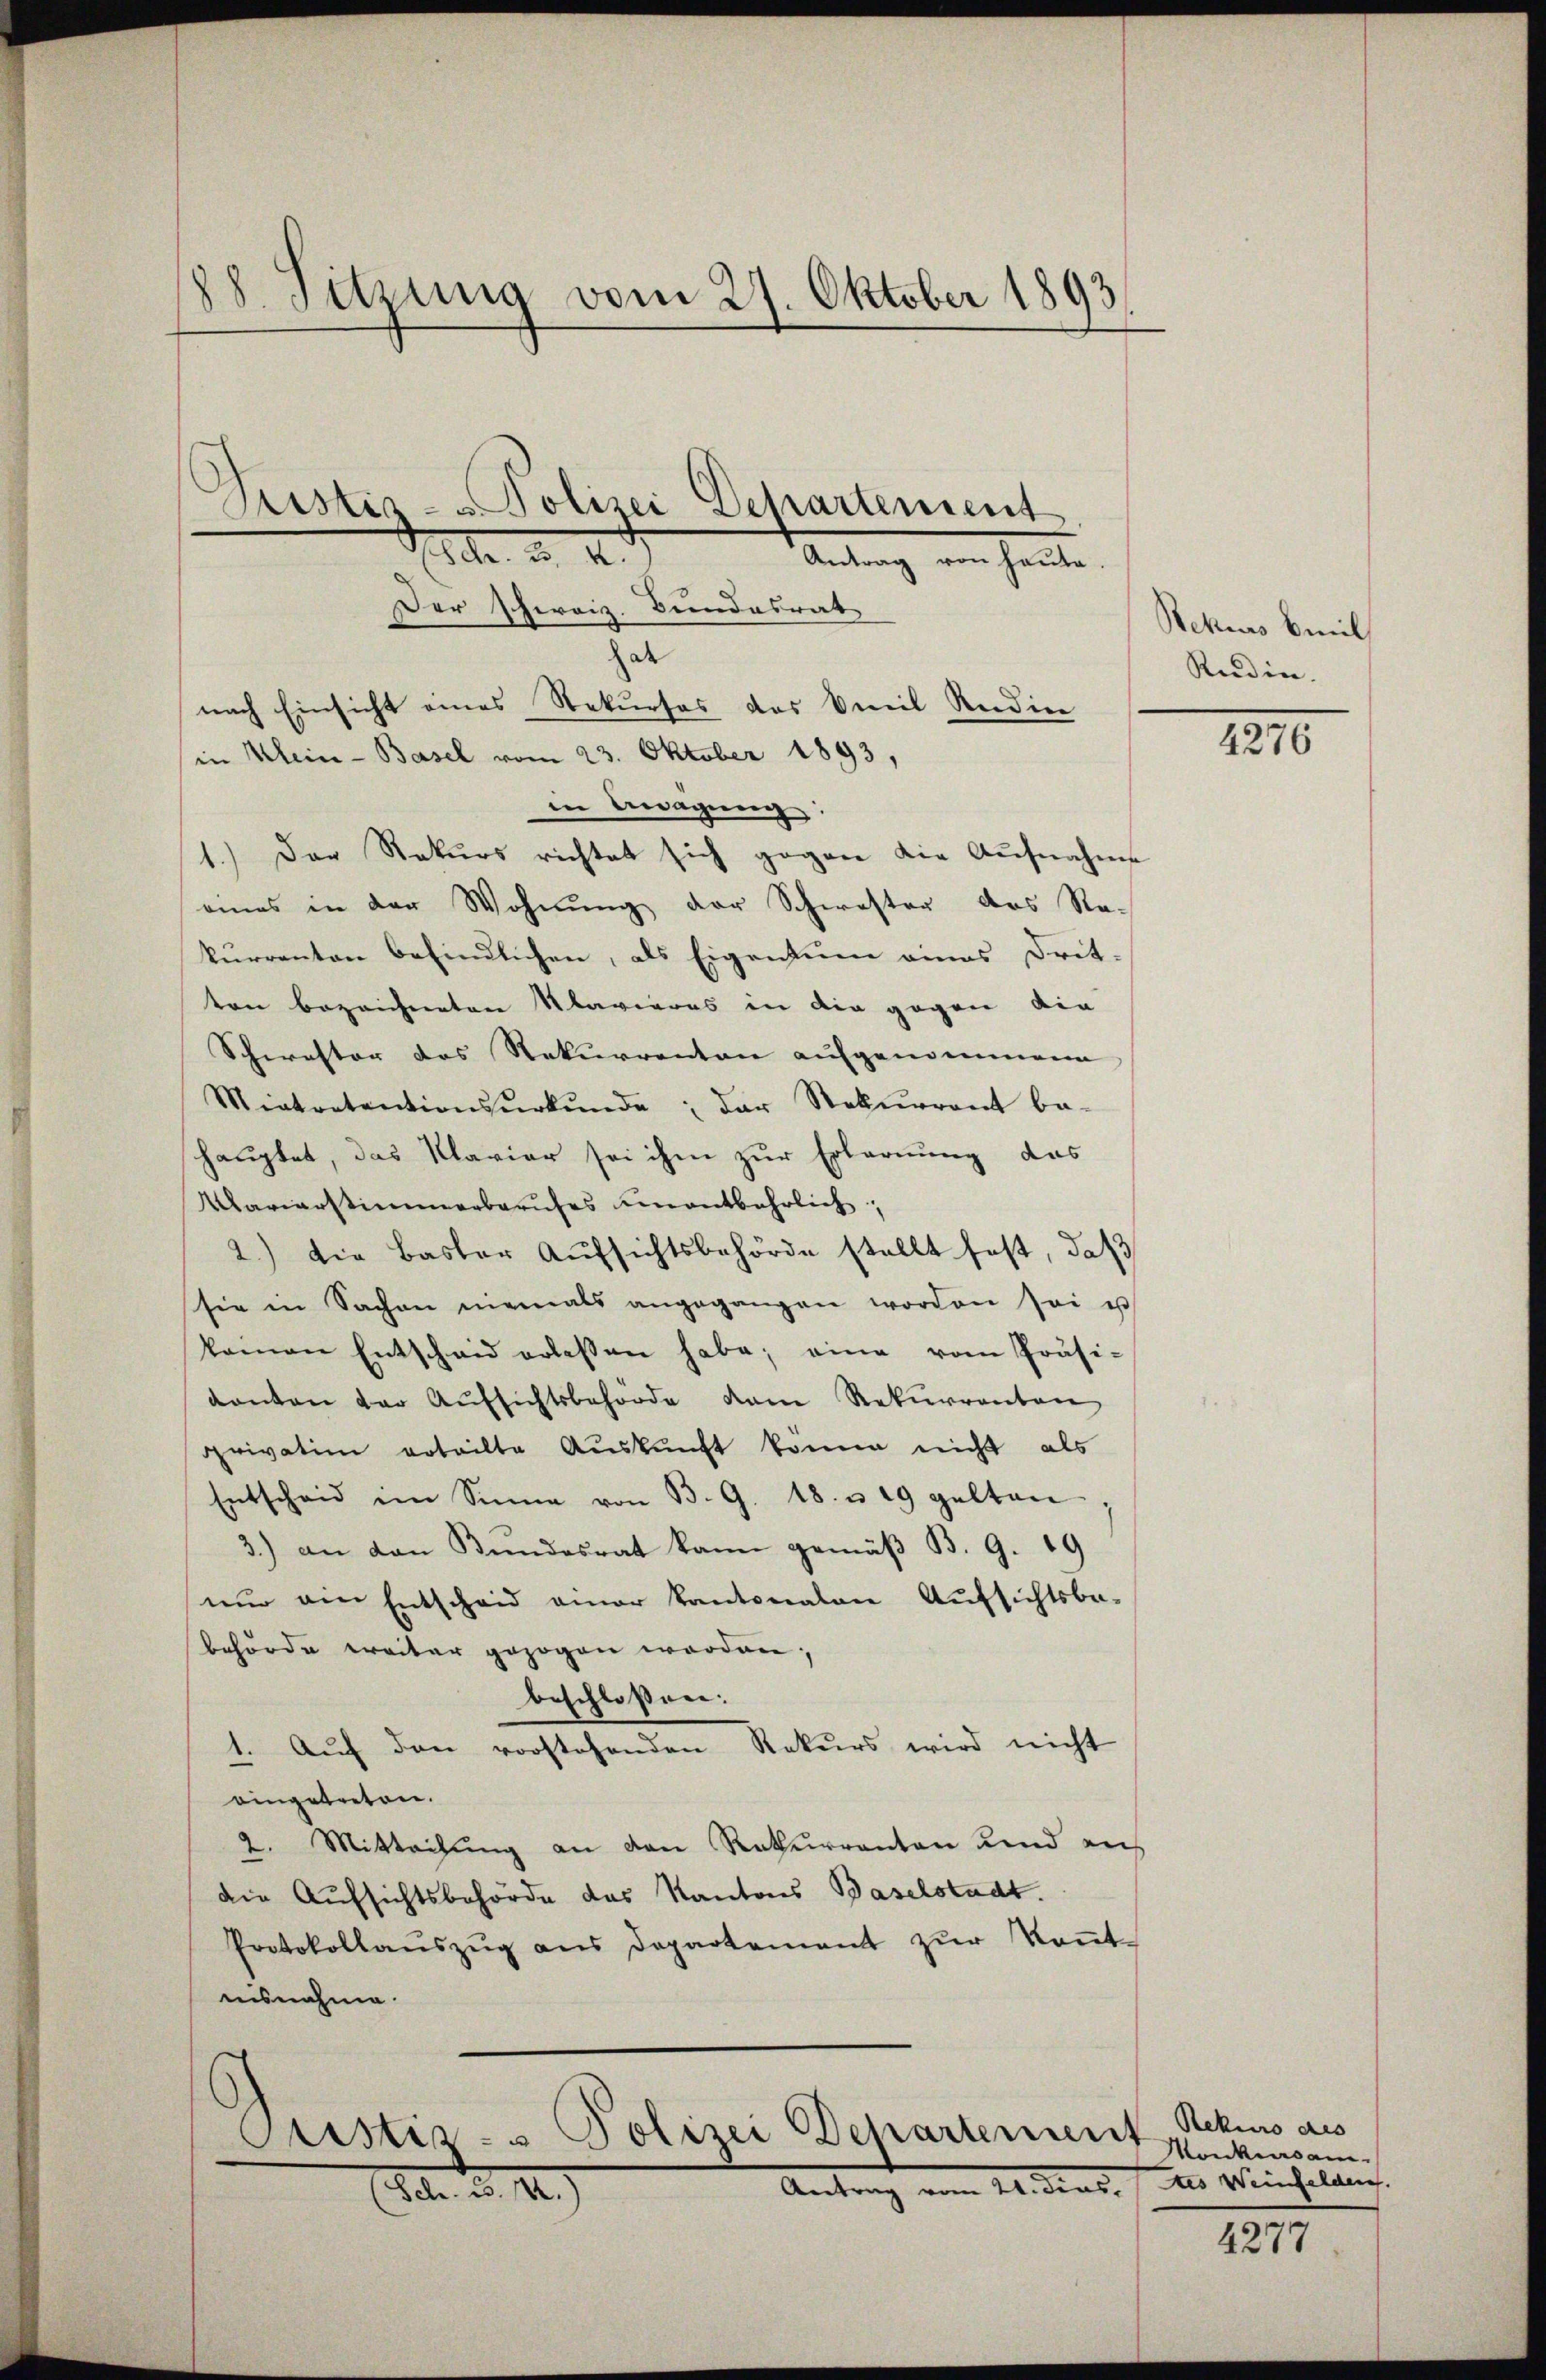
88. Sitzung vom 27. Oktober 1893

Der Schweiz. Bundesrat
ar
nach Einsicht eines Rekurses des Emil Reidier
in Klein-Basel vom 23. Oktober 1893,
in Bewegung:
1.) Der Rekurs richtet sich gegen die Aŭfnahme
eies in der Wohnung der Schwester des Re-
kurrenton befindlichen, als Eigentum eines Drit-
ton bezeichneten Klavieres in die gegen die
Schwester des Rekurrenten aufgenommene
Mintretentionsŭrkŭnde; der Rekurrent be-
hauptet, das Klavier sei ihm zur Erlernung, das
Mariarstimmerberufes unentbehrlich,
2.) Die Basler Aŭfsichtsbehörde stellt fest, daß
sie in Sachen niemals angegangen worden sei u
kamen Entscheid erlassen habe; eine vom Präsi-
kanton der Aŭfsichtsbehörde dem Rekurrenten
privation erteilte Aŭskŭnft komme nicht als
Entscheid im Sinne von B. G. 18. u. 19 gelten
3.) an den Bundesrat kann gemäβ B. 9. 19
nur ein Entscheid einer Kantonalen Aufsichtsbe-
behörde weiter gezogen worden;
beschloßen:
1. Aŭf den vorstehenden Rekurs wird nicht
eingetreten.
2. Mitteilung an von Rekurranton und auf
die Aufsichtsbehörde das Kantons Baselstadt.
Protokollaŭszŭg ans Departement zŭr Keṅt-
iisnahme.

ustiz- & Polizei Departenunf

Pustes - Polizei Departement
See. a. a.
Antrag von heute

Antrag vom 21. Dins. (des Weinfelden.
(Sch. 3. 122.)

Rekurs beeil
Redin.

4276

Rekurs des
Monkersam

4277